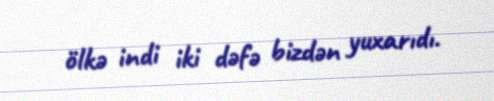
ölkə indi iki dəfə bizdən yuxarıdı.